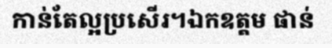
កាន់តែល្អប្រសើរ។ឯកឧត្តម ផាន់